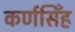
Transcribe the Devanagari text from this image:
कर्णसिँह